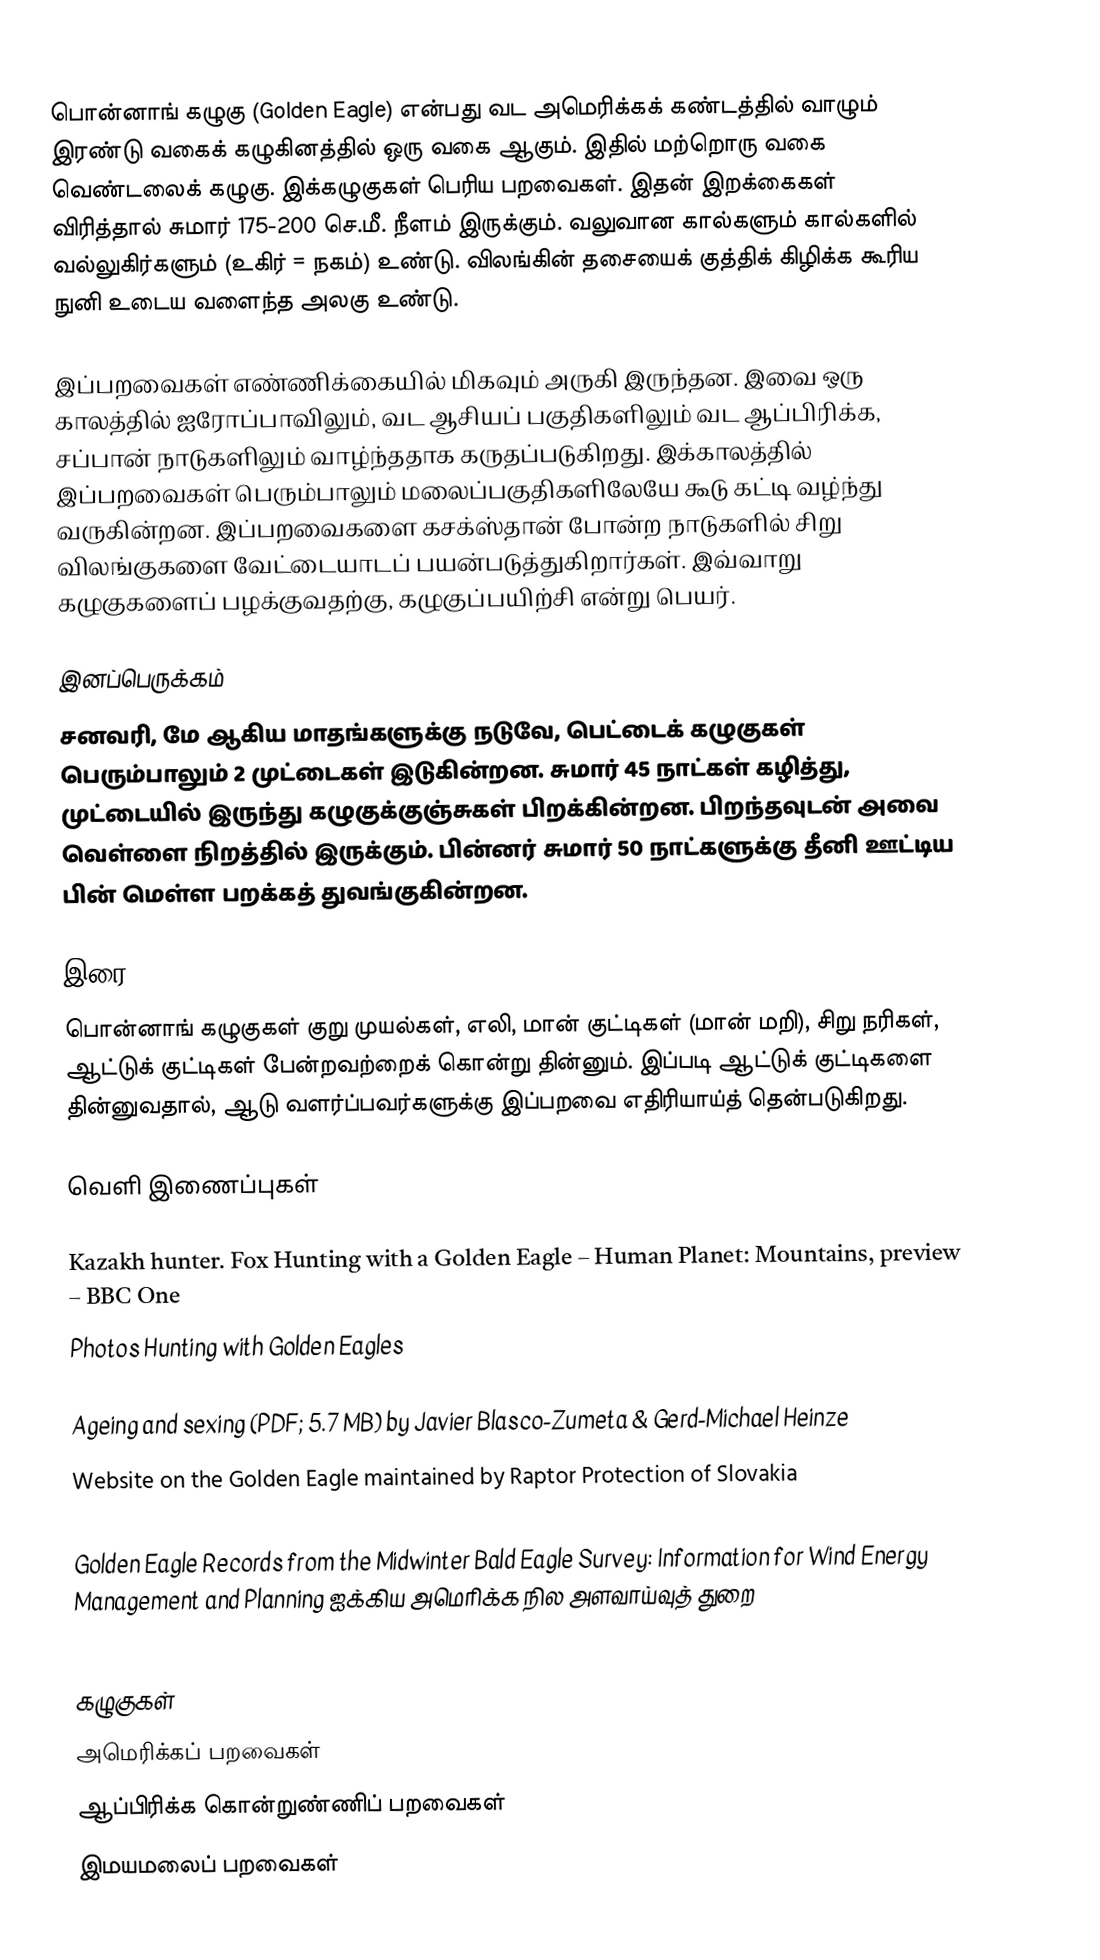
பொன்னாங் கழுகு (Golden Eagle) என்பது வட அமெரிக்கக் கண்டத்தில் வாழும் இரண்டு வகைக் கழுகினத்தில் ஒரு வகை ஆகும். இதில் மற்றொரு வகை வெண்டலைக் கழுகு. இக்கழுகுகள் பெரிய பறவைகள். இதன் இறக்கைகள் விரித்தால் சுமார் 175-200 செ.மீ. நீளம் இருக்கும். வலுவான கால்களும் கால்களில் வல்லுகிர்களும் (உகிர் = நகம்) உண்டு. விலங்கின் தசையைக் குத்திக் கிழிக்க கூரிய நுனி உடைய வளைந்த அலகு உண்டு.

இப்பறவைகள் எண்ணிக்கையில் மிகவும் அருகி இருந்தன. இவை ஒரு காலத்தில் ஐரோப்பாவிலும், வட ஆசியப் பகுதிகளிலும் வட ஆப்பிரிக்க, சப்பான் நாடுகளிலும் வாழ்ந்ததாக கருதப்படுகிறது. இக்காலத்தில் இப்பறவைகள் பெரும்பாலும் மலைப்பகுதிகளிலேயே கூடு கட்டி வழ்ந்து வருகின்றன. இப்பறவைகளை கசக்ஸ்தான் போன்ற நாடுகளில் சிறு விலங்குகளை வேட்டையாடப் பயன்படுத்துகிறார்கள். இவ்வாறு கழுகுகளைப் பழக்குவதற்கு, கழுகுப்பயிற்சி என்று பெயர்.

இனப்பெருக்கம்
சனவரி, மே ஆகிய மாதங்களுக்கு நடுவே, பெட்டைக் கழுகுகள் பெரும்பாலும் 2 முட்டைகள் இடுகின்றன. சுமார் 45 நாட்கள் கழித்து, முட்டையில் இருந்து கழுகுக்குஞ்சுகள் பிறக்கின்றன. பிறந்தவுடன் அவை வெள்ளை நிறத்தில் இருக்கும். பின்னர் சுமார் 50 நாட்களுக்கு தீனி ஊட்டிய பின் மெள்ள பறக்கத் துவங்குகின்றன.

இரை
பொன்னாங் கழுகுகள் குறு முயல்கள், எலி, மான் குட்டிகள் (மான் மறி), சிறு நரிகள், ஆட்டுக் குட்டிகள் பேன்றவற்றைக் கொன்று தின்னும். இப்படி ஆட்டுக் குட்டிகளை தின்னுவதால், ஆடு வளர்ப்பவர்களுக்கு இப்பறவை எதிரியாய்த் தென்படுகிறது.

வெளி இணைப்புகள்

 Kazakh hunter. Fox Hunting with a Golden Eagle – Human Planet: Mountains, preview – BBC One
 Photos Hunting with Golden Eagles

 Ageing and sexing (PDF; 5.7 MB) by Javier Blasco-Zumeta & Gerd-Michael Heinze
 Website on the Golden Eagle maintained by Raptor Protection of Slovakia
 Åldersbestämning av kungsörn – Ageing of Golden Eagles (in Swedish and English)
 Golden Eagle Records from the Midwinter Bald Eagle Survey: Information for Wind Energy Management and Planning ஐக்கிய அமெரிக்க நில அளவாய்வுத் துறை

கழுகுகள்
அமெரிக்கப் பறவைகள்
ஆப்பிரிக்க கொன்றுண்ணிப் பறவைகள்
இமயமலைப் பறவைகள்